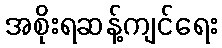
အစိုးရဆန့်ကျင်ရေး